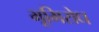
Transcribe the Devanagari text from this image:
भूमिरोध